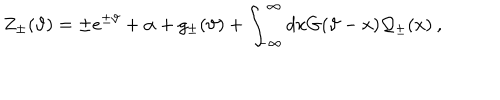
LaTeX: \displaystyle Z _ { \pm } ( \vartheta ) = \pm e ^ { \pm \vartheta } + \alpha + g _ { \pm } ( \vartheta ) + \displaystyle \int _ { - \infty } ^ { \infty } d x G ( \vartheta - x ) { \cal Q } _ { \pm } ( x ) \: ,